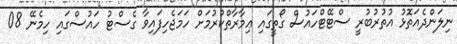
ނިލަންދެއަތޮޅު އުތުރުބުރީ ސްޓޭޓްހައުސް ގޯތީގައި ޢިމާރާތްކުރުމަށް ހަމަޖެހިފައިވާ ގެސްޓު ހައުސްގައި ހިމެނޭ 08